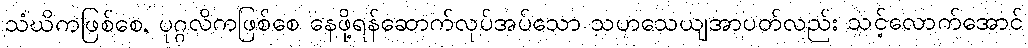
သံဃိကဖြစ်စေ, ပုဂ္ဂလိကဖြစ်စေ နေဖို့ရန်ဆောက်လုပ်အပ်သော သဟသေယျအာပတ်လည်း သင့်လောက်အောင်